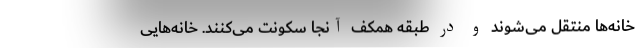
خانه‌ها منتقل می‌شوند و در طبقه همکف آنجا سکونت می‌کنند. خانه‌هایی